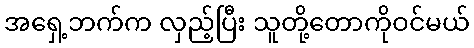
အရှေ့ဘက်က လှည့်ပြီး သူတို့တောကိုဝင်မယ်